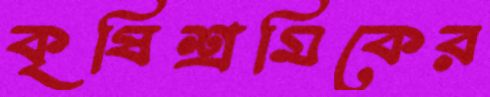
কৃষিশ্রমিকের